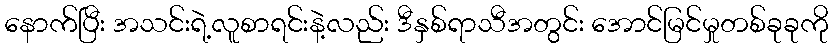
နောက်ပြီး အသင်းရဲ့လူစာရင်းနဲ့လည်း ဒီနှစ်ရာသီအတွင်း အောင်မြင်မှုတစ်ခုခုကို